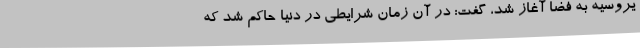
یروسیه به فضا آغاز شد، گفت: در آن زمان شرایطی در دنیا حاکم شد که